Tezpur Lunatic Asylum reports 1877-1894 - 1877-1894
Year: 1877
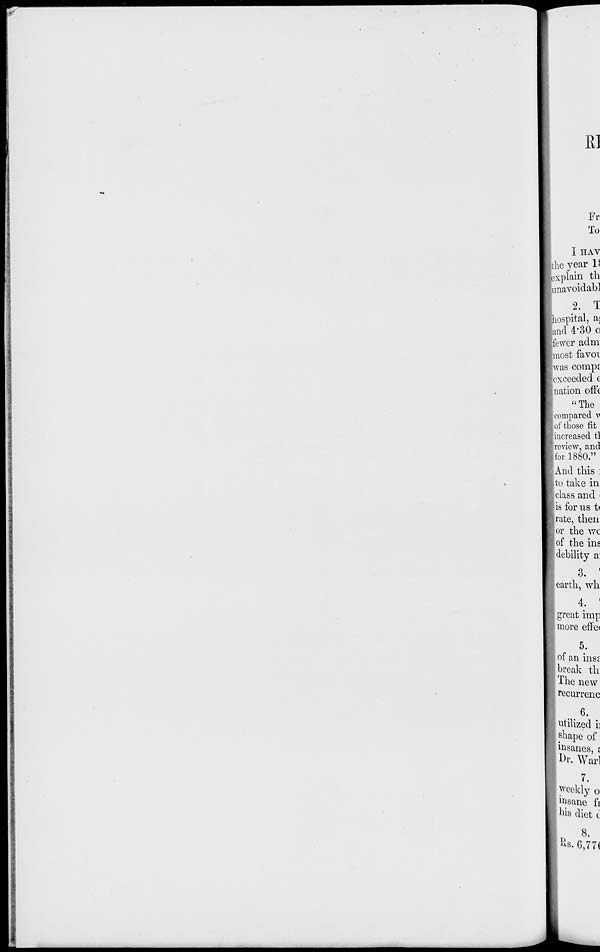
R]
Fr
To
I HAV
[the year 1\
(explain th
lunavoidabl
2. T
[hospital, a;
land 4-30 o
[fewer adm
[most favoi
[was compt
[exceeded e
I nation off*
"The
| compared v
[of those fit
[increased tl
'review, and
|for 1880."
rAnd this :
1 to take in
[class and i
is for us t(
Irate, then
[or the wc
of the ins
debility a
3. '
earth, wh
4. '
great imp
more efFe<
5.
of an insr
break th:
The new
recurrenc
6.
utilized ii
shape of
insanes, j
i Dr. Warl
7.
Weekly o
insane fi
his diet c
8.
Ks.G,77(